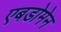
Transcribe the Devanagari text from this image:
एबडोमेन